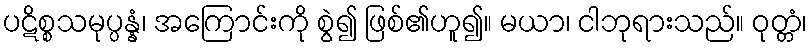
ပဋိစ္စသမုပ္ပန္နံ၊ အကြောင်းကို စွဲ၍ ဖြစ်၏ဟူ၍။ မယာ၊ ငါဘုရားသည်။ ဝုတ္တံ၊